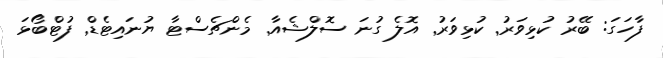
ފާހަގަ: ބޭރު ކުޅިވަރު